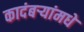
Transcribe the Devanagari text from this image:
कादंबर्‍यांमधे